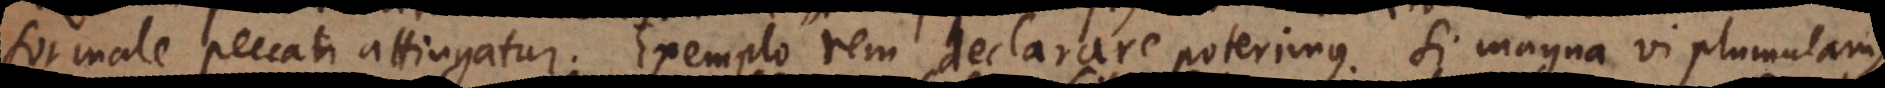
formale peccati attingatur. Exemplo rem declarare poterimus. Si magna vi plumulam